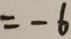
= - 6